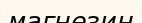
магнезин